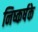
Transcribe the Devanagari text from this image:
निष्कर्षके